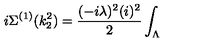
i \Sigma ^ { ( 1 ) } ( k _ { 2 } ^ { 2 } ) = \frac { ( - i \lambda ) ^ { 2 } ( i ) ^ { 2 } } { 2 } \int _ { \Lambda }